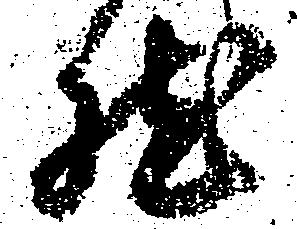
然